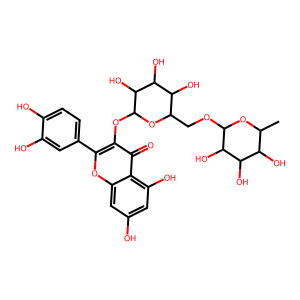
SMILES: CC1OC(OCC2OC(Oc3c(-c4ccc(O)c(O)c4)oc4cc(O)cc(O)c4c3=O)C(O)C(O)C2O)C(O)C(O)C1O
Inhibits HIV replication: No